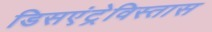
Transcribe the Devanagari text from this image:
डिसएंट्रेविस्तास